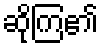
ဆိုကြ၏